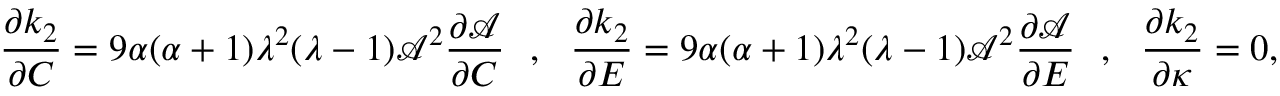
\frac { \partial k _ { 2 } } { \partial C } = 9 \alpha ( \alpha + 1 ) \lambda ^ { 2 } ( \lambda - 1 ) \mathcal { A } ^ { 2 } \frac { \partial \mathcal { A } } { \partial C } ~ ~ , ~ ~ \frac { \partial k _ { 2 } } { \partial E } = 9 \alpha ( \alpha + 1 ) \lambda ^ { 2 } ( \lambda - 1 ) \mathcal { A } ^ { 2 } \frac { \partial \mathcal { A } } { \partial E } ~ ~ , ~ ~ \frac { \partial k _ { 2 } } { \partial \kappa } = 0 ,